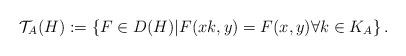
LaTeX: \begin{align*}\mathcal{T}_A(H):= \left\{ F \in D(H)|F(xk,y)=F(x,y) \forall k \in K_A \right\}.\end{align*}